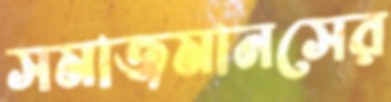
সমাজমানসের